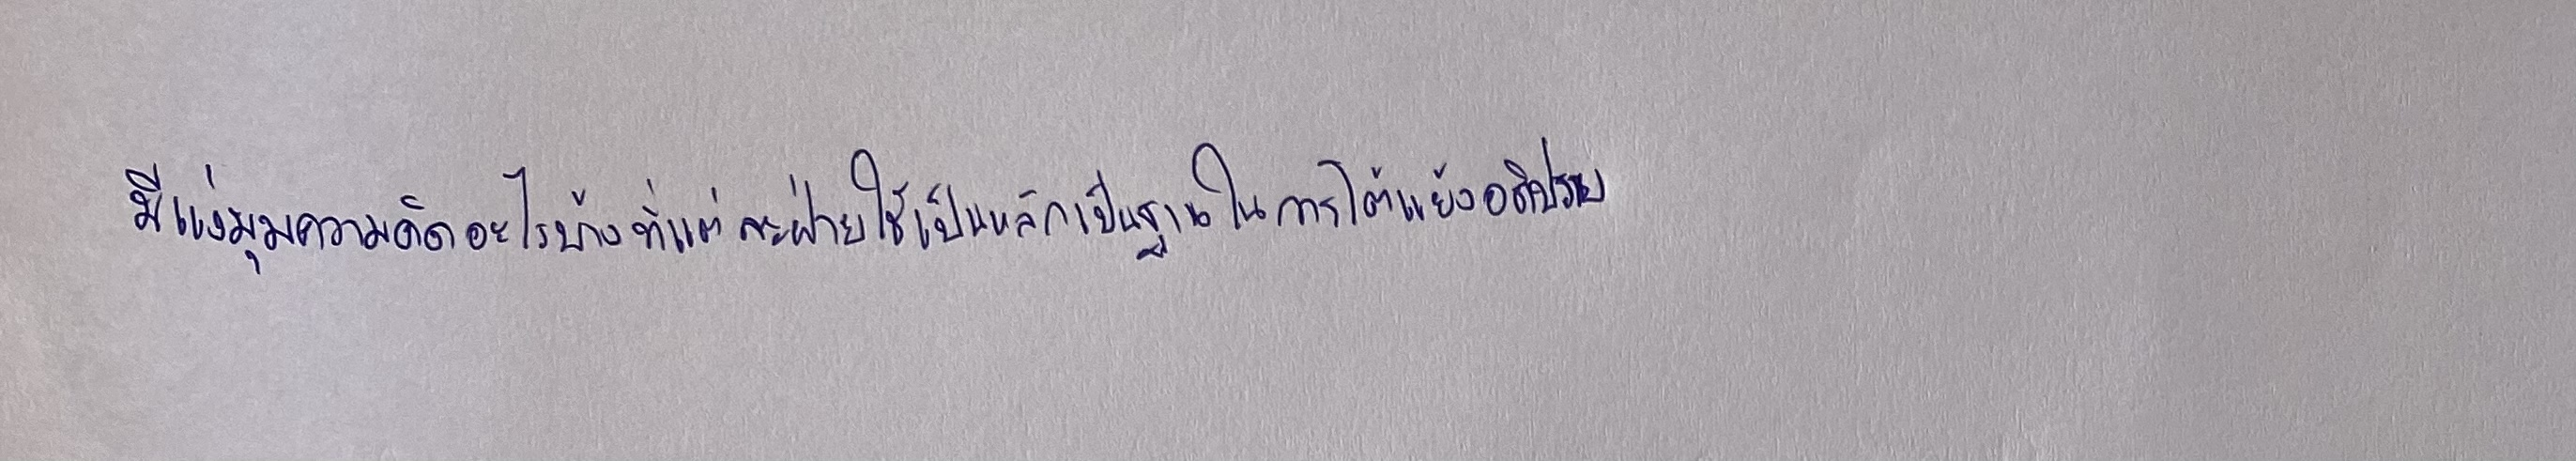
มีแง่มุมความคิดอะไรบ้างที่แต่ละฝ่ายใช้เป็นหลักเป็นฐานในการโต้แย้งอภิปราย